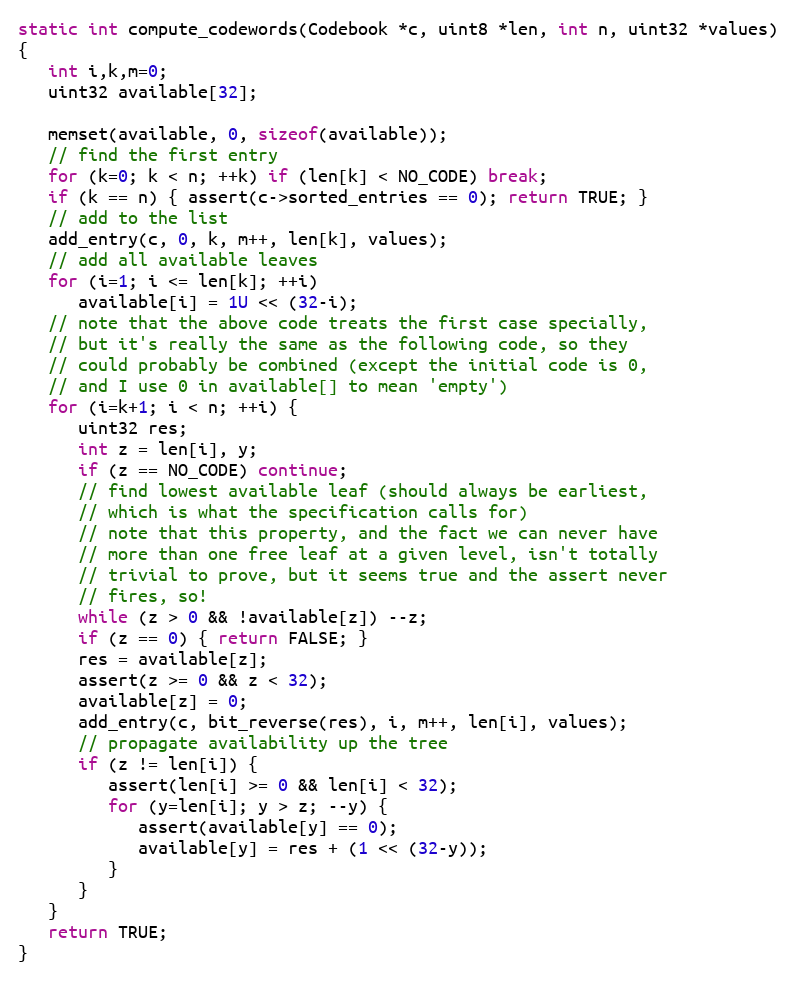
Language: C
static int compute_codewords(Codebook *c, uint8 *len, int n, uint32 *values)
{
   int i,k,m=0;
   uint32 available[32];

   memset(available, 0, sizeof(available));
   // find the first entry
   for (k=0; k < n; ++k) if (len[k] < NO_CODE) break;
   if (k == n) { assert(c->sorted_entries == 0); return TRUE; }
   // add to the list
   add_entry(c, 0, k, m++, len[k], values);
   // add all available leaves
   for (i=1; i <= len[k]; ++i)
      available[i] = 1U << (32-i);
   // note that the above code treats the first case specially,
   // but it's really the same as the following code, so they
   // could probably be combined (except the initial code is 0,
   // and I use 0 in available[] to mean 'empty')
   for (i=k+1; i < n; ++i) {
      uint32 res;
      int z = len[i], y;
      if (z == NO_CODE) continue;
      // find lowest available leaf (should always be earliest,
      // which is what the specification calls for)
      // note that this property, and the fact we can never have
      // more than one free leaf at a given level, isn't totally
      // trivial to prove, but it seems true and the assert never
      // fires, so!
      while (z > 0 && !available[z]) --z;
      if (z == 0) { return FALSE; }
      res = available[z];
      assert(z >= 0 && z < 32);
      available[z] = 0;
      add_entry(c, bit_reverse(res), i, m++, len[i], values);
      // propagate availability up the tree
      if (z != len[i]) {
         assert(len[i] >= 0 && len[i] < 32);
         for (y=len[i]; y > z; --y) {
            assert(available[y] == 0);
            available[y] = res + (1 << (32-y));
         }
      }
   }
   return TRUE;
}